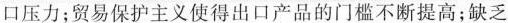
口压力；贸易保护主义使得出口产品的门槛不断提高；缺乏